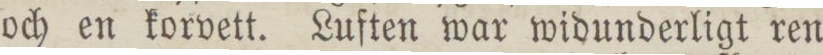
och en korvett. Luften war widunderligt ren